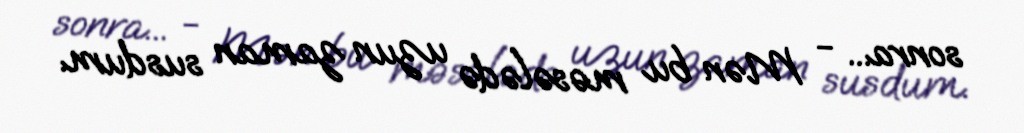
sonra... - Mən bu məsələdə uzun zaman susdum.